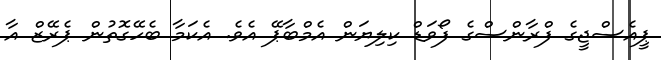
ޕީއެސްޖީގެ ފްރާންސްގެ ފޯވަޑް ކިލިޔަން އެމްބާޕޭ އެވެ. އެކަމާ ބެހޭގޮތުން ޕެރޭޒް އާ